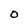
Character: O